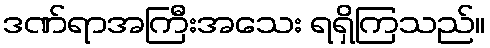
ဒဏ်ရာအကြီးအသေး ရရှိကြသည်။